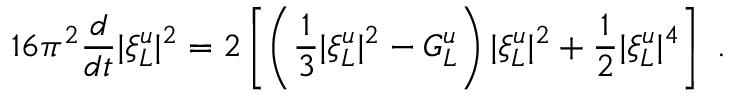
1 6 \pi ^ { 2 } \frac { d } { d t } | \xi _ { L } ^ { u } | ^ { 2 } = 2 \left[ \left( \frac { 1 } { 3 } | \xi _ { L } ^ { u } | ^ { 2 } - G _ { L } ^ { u } \right) | \xi _ { L } ^ { u } | ^ { 2 } + \frac { 1 } { 2 } | \xi _ { L } ^ { u } | ^ { 4 } \right] \ .